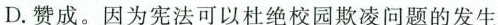
D.赞成。因为宪法可以杜绝校园欺凌问题的发生